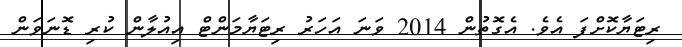
ރިޓަޔާކޮށްފަ އެވެ. އެގޮތުން 2014 ވަނަ އަހަރު ރިޓަޔާމަންޓް އިއުލާން ކުރި ޑޮނަވަން